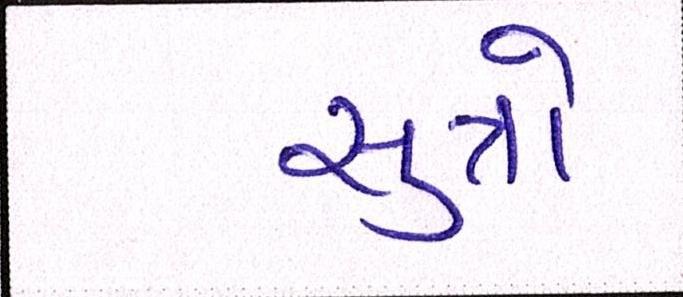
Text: સુત્રો